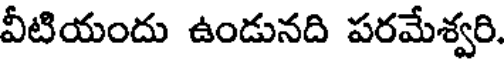
వీటియందు ఉండునది పరమేశ్వరి.